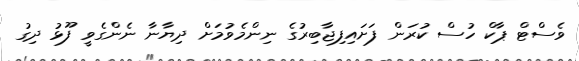
ވެސްޓް ޕާކް ހުސް ކުރަން ފަށައިފިޖާބިރުގެ ނިންމެވުމަށް ދިޔާނާ ނެންގެވީ ފޫޅު ދިގު